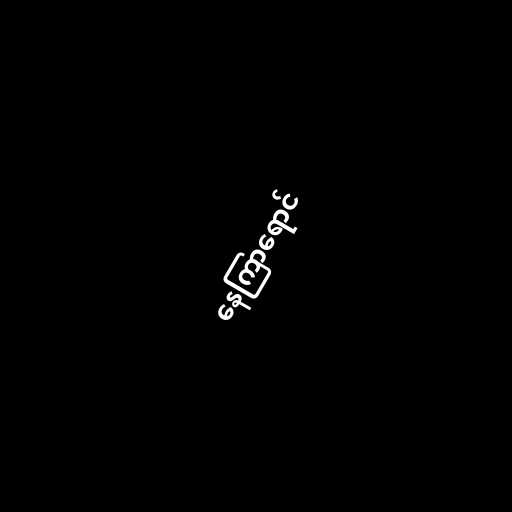
နေကြာရောင်